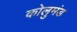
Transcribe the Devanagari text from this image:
कोलुमंड